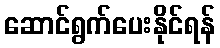
ဆောင်ရွက်ပေးနိုင်ရန်